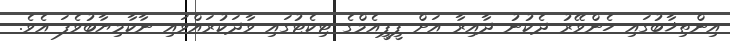
އިންތިޚާބުގައި ހެންވޭރު ދެކުނު ދާއިރާ އަށް ޕީޕީއެމްގެ ޓިކެޓުގައި ވާދަކުރައްވައި ނާކާމިޔާބުވެފަ އެވެ.